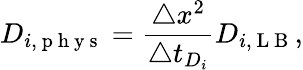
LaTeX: D_{i,\mathrm{~p~h~y~s~}}=\frac{\triangle x^{2}}{\triangle t_{D_{i}}}D_{i,\mathrm{~L~B~}},